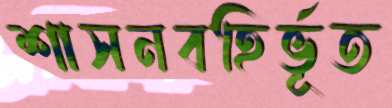
শাসনবহির্ভূত